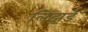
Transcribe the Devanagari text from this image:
लिझर्ड